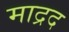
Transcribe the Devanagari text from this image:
माद्रद